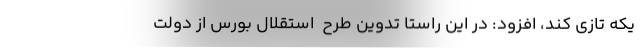
یکه تازی کند، افزود: در این راستا تدوین طرح  استقلال بورس از دولت